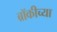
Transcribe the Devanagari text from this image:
ब्रॉकीच्या